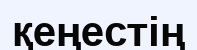
қеңестің